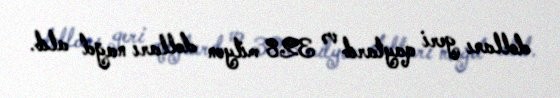
dolları geri qaytarıb və 328 milyon dolları nağd alıb.